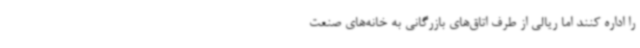
را اداره کنند اما ریالی از طرف اتاق‌های بازرگانی به خانه‌های صنعت